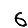
Digit: 6